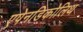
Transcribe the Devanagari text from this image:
एपेनडिकोलिथ